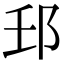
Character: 𨙼